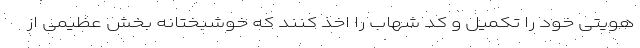
هویتی خود را تکمیل و کد شهاب را اخذ کنند که خوشبختانه بخش عظیمی از